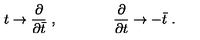
t \rightarrow { \frac { \partial } { \partial \bar { t } } } \ , \qquad \qquad { \frac { \partial } { \partial t } } \rightarrow - \bar { t } \ .